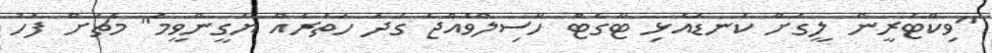
"ވިކްޓަރީން ލީގަށް ކަނޑައެޅި ޓާގެޓް ހާސިލްވެއްޖެ ގަދަ ހަތަރެއް ޔަގީންވީމަ" މެޗަށް ފަހު